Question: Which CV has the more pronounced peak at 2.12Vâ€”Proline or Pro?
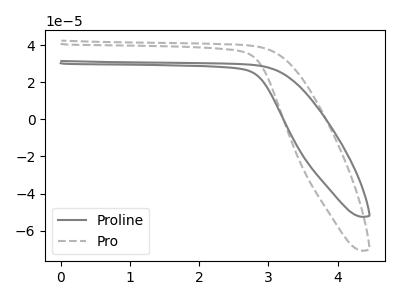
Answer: <think>The gray curve "Proline" has no peaks. The gray dashed curve "Pro" has no peaks.</think>
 <answer>"Proline" and "Pro" dont share a peak at 2.12V.</answer>
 <eval>mismatch</eval>